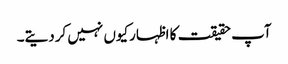
آپ حقیقت کا اظہارکیوں نہیں کردیتے۔